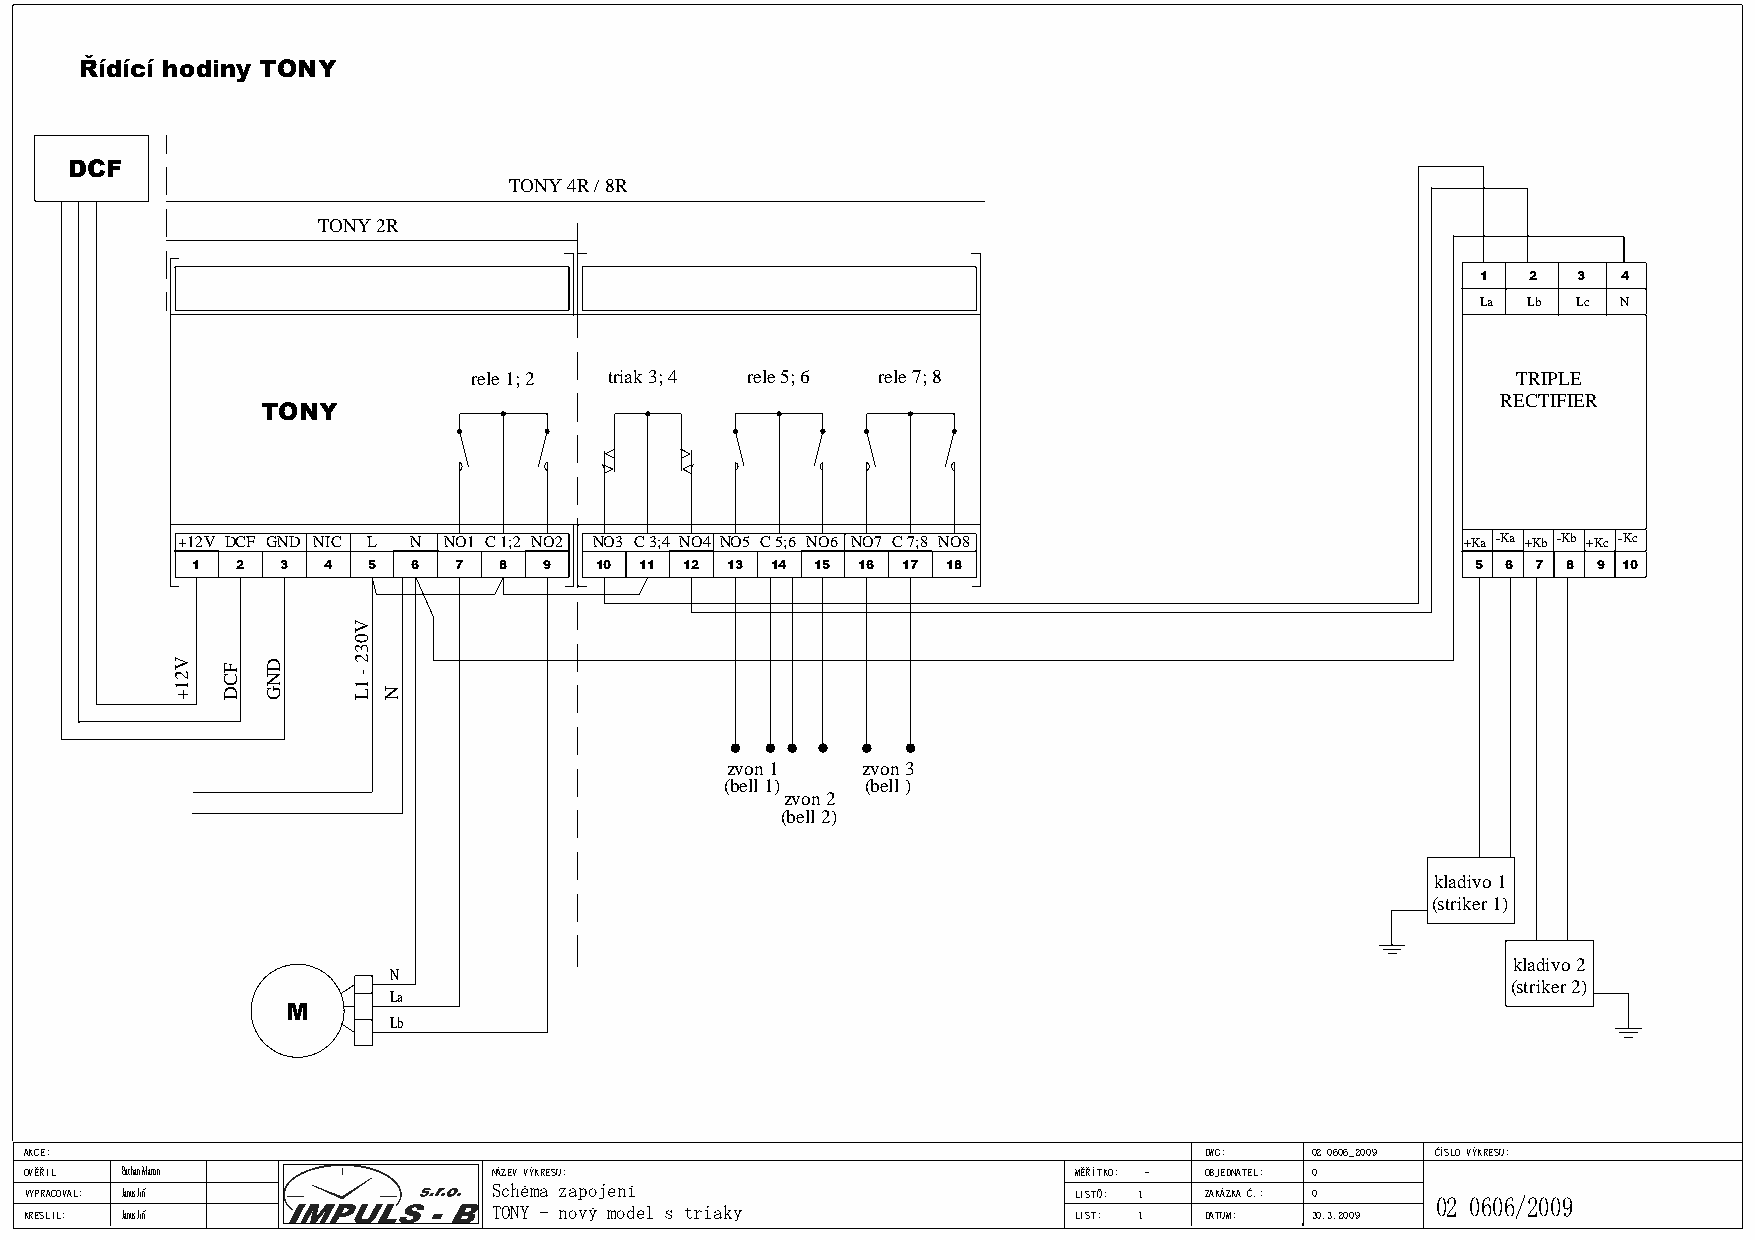
Řídící hodiny TONY
 DCF
 TONY 4R / 8R
 TONY 2R
 1  2  3  4
 La Lb Lc N
 rele 1; 2 triak 3; 4 rele 5; 6 rele 7; 8                             TRIPLE
 RECTIFIER
 TONY
 +12V DCF GND NIC L N NO1 C 1;2 NO2 NO3 C 3;4 NO4 NO5 C 5;6 NO6 NO7 C 7;8 NO8         +Ka -Ka +Kb -Kb +Kc -Kc
 1  2  3 4  5  6  7  8  9  10 11 12 13 14 15 16 17 18                                 5 6 7 8 9 10
 zvon 1   zvon 3
 (bell 1) (bell )
 zvon 2
 (bell 2)
 kladivo 1
 (striker 1)
 kladivo 2
 N
 (striker 2)
 La
 M
 Lb
 AKCE:                                                                         DWG:   0022 00660066__22000099 ČÍSLO VÝKRESU:
 OVĚŘIL BB aa cchh aann MM aa rrtt iinn NÁZEV VÝKRESU:                MĚŘÍTKO: -- OBJEDNATEL: 00
 VYPRACOVAL: JJ aann uuss JJ iiřříí SScchhéémmaa zzaappoojjeenníí     LISTŮ: 11 ZAKÁZKA Č.: 00 0022 00660066//22000099
 KRESLIL: JJ aann uu ss JJ iiřříí TTOONNYY -- nnoovvýý mmooddeell ss ttrriiaakkyy LIST: 11 DATUM: 3300..33..22000099
 V21+ FCD DNG
 V032
 -
 1L
 N